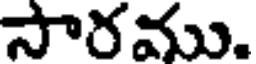
సారము.